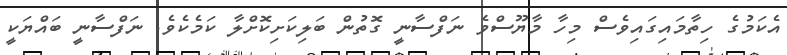
އެކަމުގެ ހިތާމައިގައިވެސް މިހާ މާޔޫސްވެ ނަފްސާނީ ގޮތުން ބަލިކަށިކޮށްލާ ކަމެކެވެ. ނަފްސާނީ ބައްޔަކީ